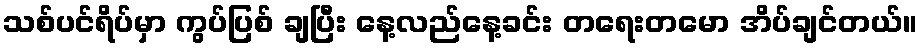
သစ်ပင်ရိပ်မှာ ကွပ်ပြစ် ချပြီး နေ့လည်နေ့ခင်း တရေးတမော အိပ်ချင်တယ်။